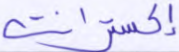
إكسترانت